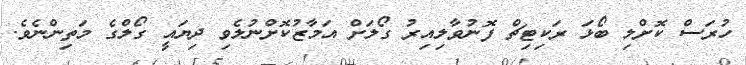
ހުރަސް ކޮށްލި ބޯޅަ ރަކިޓިޗް ފޮނުވާލިއިރު ގޯލަށް އަމާޒުކޮށްނުލެވި ދިޔައީ ގޯލްގެ މަތިންނެވެ.